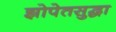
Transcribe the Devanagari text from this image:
झोपेतसुद्धा